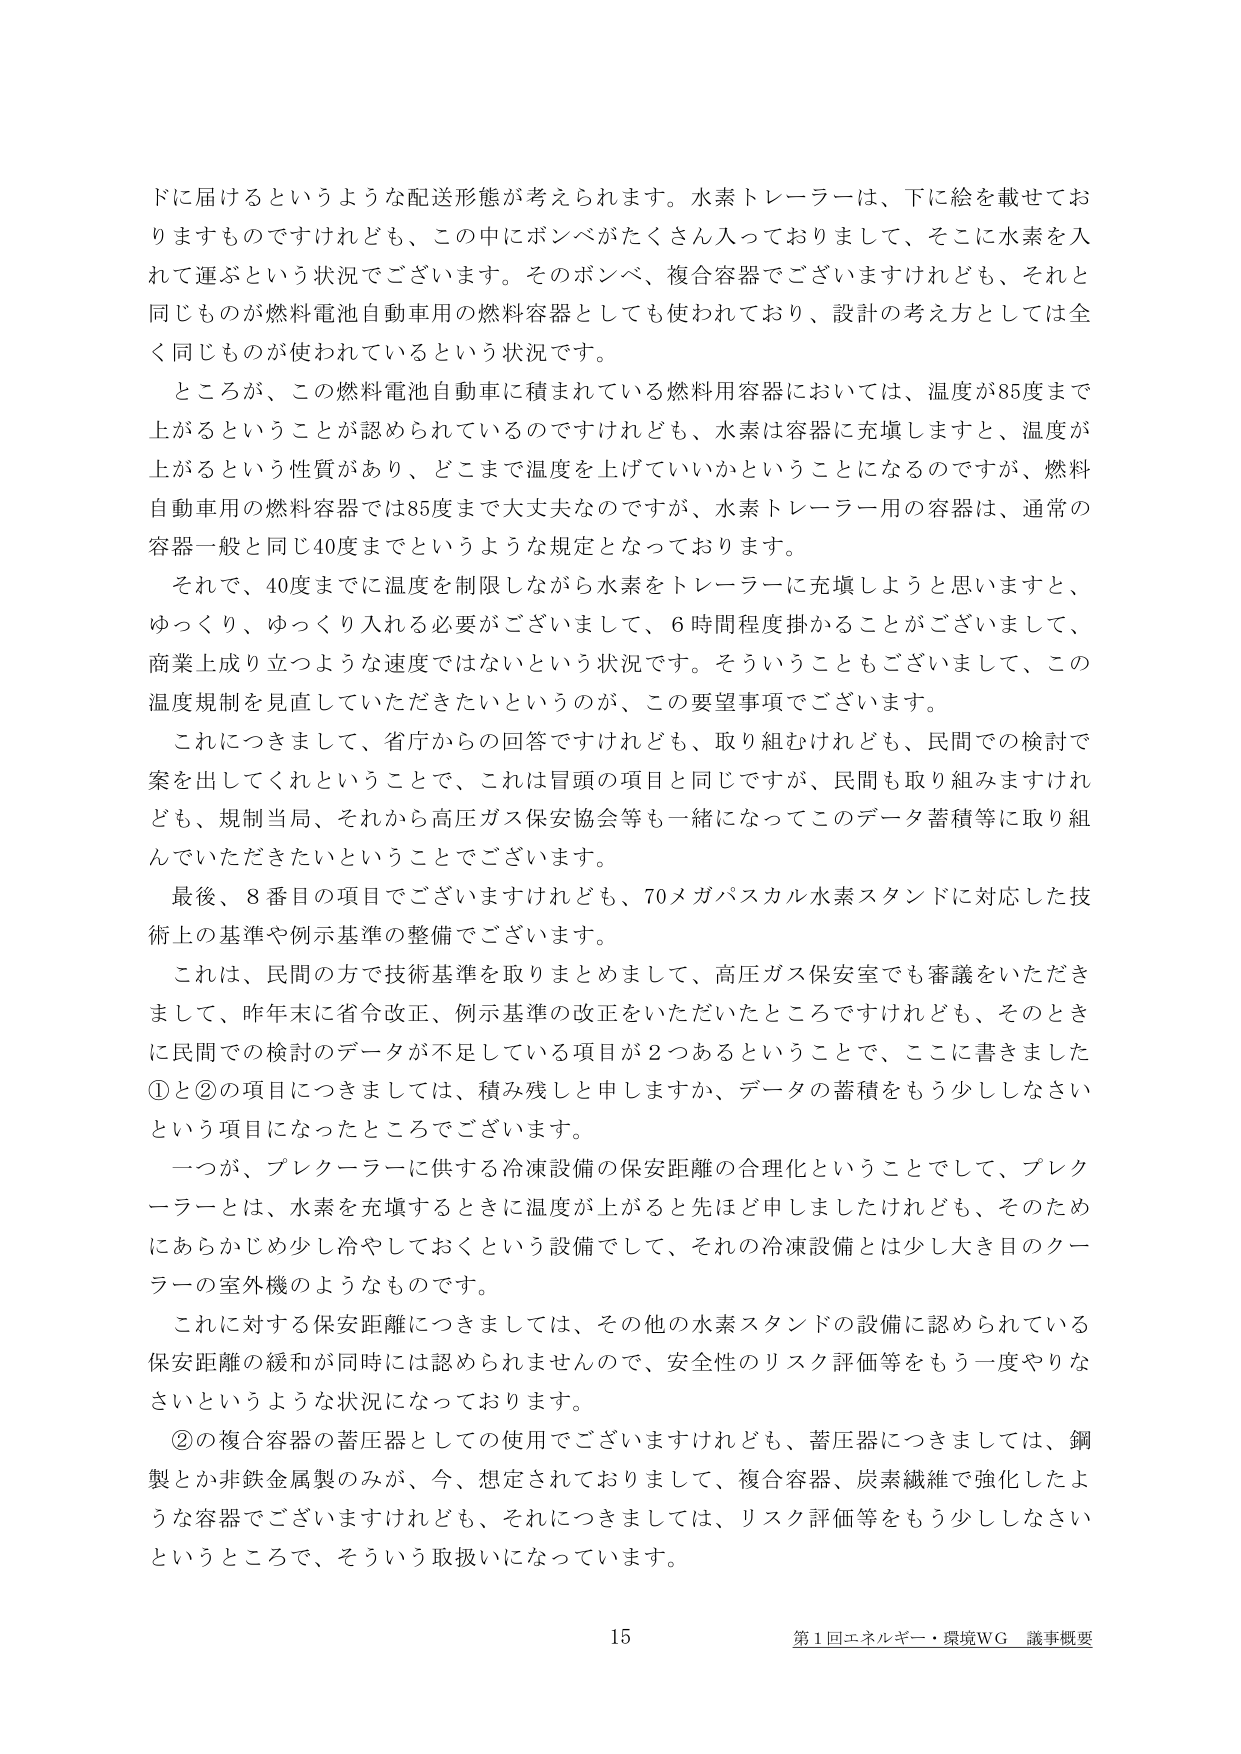
ドに届けるというような配送形態が考えられます。水素トレーラーは、下に絵を載せておりますものですがけれども、この中にボンベがたくさん入っておりますし、そこに水素を入れて運ぶという状況でございます。そのボンベ、複合容器でございますけれども、それと同じものが燃料電池自動車用の燃料容器としても使われており、設計の考え方としては全く同じものが使われているという状況です。

ところが、この燃料電池自動車に積まれている燃料用容器においては、温度が85度まで上がるということが認められているのですけれども、水素は容器に充填しますと、温度が上がるという性質があり、どこまで温度を上げていいかということになるのですが、燃料自動車用の燃料容器では85度まで大丈夫なのですが、水素トレーラー用の容器は、通常の容器一般と同じ40度までというような規定となっております。

それで、40度までに温度を制限しながら水素をトレーラーに充填しようと思いますと、ゆっくり、ゆっくり入れる必要がございまして、6時間程度掛かることがございまして、商業上成り立つような速度ではないという状況です。そういうこともございまして、この温度規制を見直していただきたいというのが、この要望事項でございます。

これにつきまして、省庁からの回答ですけれども、取り組むけれども、民間での検討で案を出してくれということで、これは冒頭の項目と同じですが、民間も取り組みますけれども、規制当局、それから高圧ガス保安協会等も一緒になってこのデータ蓄積等に取り組んでいただきたいということでございます。

最後、8番目の項目でございますけれども、70メガパスカル水素スタンドに対応した技術上の基準や例示基準の整備でございます。

これは、民間の方で技術基準を取りまとめまして、高圧ガス保安室でも審議をいただきまして、昨年末に省令改正、例示基準の改正をいただいたところですけれども、そのときに民間での検討のデータが不足している項目が2つあるということで、ここに書きました①と②の項目につきましては、積み残しと申しますか、データの蓄積をもう少ししなさいという項目になったところでございます。

一つが、プレクーラーに供する冷凍設備の保安距離の合理化ということでして、プレクーラーとは、水素を充填するときに温度が上がると言ほど申しましたけれども、そのためにならかじめ少し冷やしておくという設備でして、それの冷凍設備とは少し大き目のクーラーの室外機のようなものです。

これに対する保安距離につきましては、その他の水素スタンドの設備に認められている保安距離の緩和が同時に認められませんので、安全性のリスク評価等をもう一度やりなさいというような状況になっております。

②の複合容器の蓄圧器としての使用でございますけれども、蓄圧器につきましては、鋼製とか非鉄金属製のみが、今、想定されておりまして、複合容器、炭素繊維で強化したような容器でございますけれども、それにつきましては、リスク評価等をもう少ししなさいというところで、そういう取扱いになっています。

15 第1回エネルギー・環境WG 議事概要